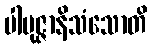
ပါမုဇ္ဇာနိသံသောတိ